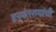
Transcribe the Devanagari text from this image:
हनुमंतरायांची